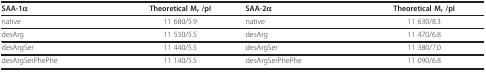
<table><thead><tr><td><b>SAA-1α</b></td><td><b>Theoretical M<i><sub>r </sub></i>/pI</b></td><td><b>SAA-2α</b></td><td><b>Theoretical M<i><sub>r </sub></i>/pI</b></td></tr></thead><tbody><tr><td>native</td><td>11 680/5.9</td><td>native</td><td>11 630/8.3</td></tr><tr><td>desArg</td><td>11 530/5.5</td><td>desArg</td><td>11 470/6.8</td></tr><tr><td>desArgSer</td><td>11 440/5.5</td><td>desArgSer</td><td>11 380/7.0</td></tr><tr><td>desArgSerPhePhe</td><td>11 140/5.5</td><td>desArgSerPhePhe</td><td>11 090/6.8</td></tr></tbody></table>